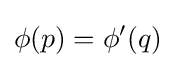
\phi (p)=\phi '(q)